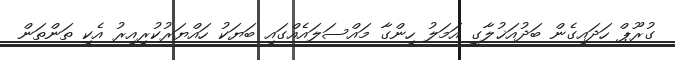
ގުރޫޕް ހަދައިގެން ބަދުއަޚުލާގީ އަމަލު ހިންގާ މައްސަލައެއްގައި ބަޔަކު ހައްޔަރުކުރިއިރު އެކި ތަންތަން